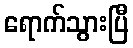
ရောက်သွားပြီ